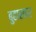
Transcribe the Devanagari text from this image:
बुहारकर